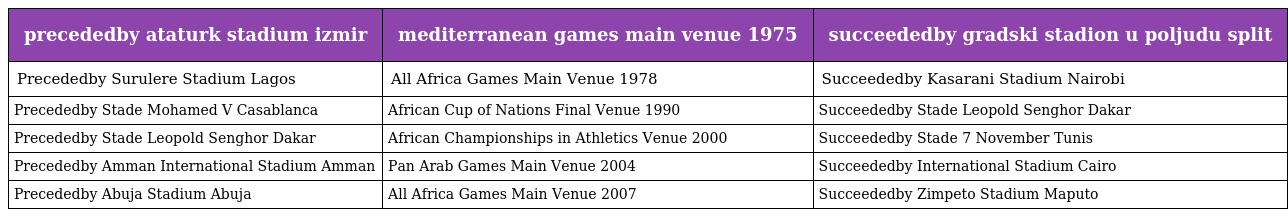
| precededby ataturk stadium izmir | mediterranean games main venue 1975 | succeededby gradski stadion u poljudu split |
 | --- | --- | --- |
 | Precededby Surulere Stadium Lagos | All Africa Games Main Venue 1978 | Succeededby Kasarani Stadium Nairobi |
 | Precededby Stade Mohamed V Casablanca | African Cup of Nations Final Venue 1990 | Succeededby Stade Leopold Senghor Dakar |
 | Precededby Stade Leopold Senghor Dakar | African Championships in Athletics Venue 2000 | Succeededby Stade 7 November Tunis |
 | Precededby Amman International Stadium Amman | Pan Arab Games Main Venue 2004 | Succeededby International Stadium Cairo |
 | Precededby Abuja Stadium Abuja | All Africa Games Main Venue 2007 | Succeededby Zimpeto Stadium Maputo |